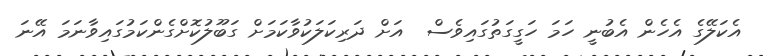
އެކަލޭގެ އެހެން އެބުނީ ހަމަ ހަގީގަތުގައިވެސް  އަށް ދަރިކަލަކުވާކަމަށް ގަބޫލުކޮށްގެންކަމުގައިވާނަމަ އޭނަ